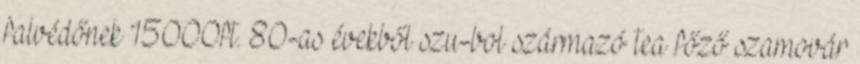
falvédőnek 15000ft. 80-as évekből szu-bol származó tea főző szamovár